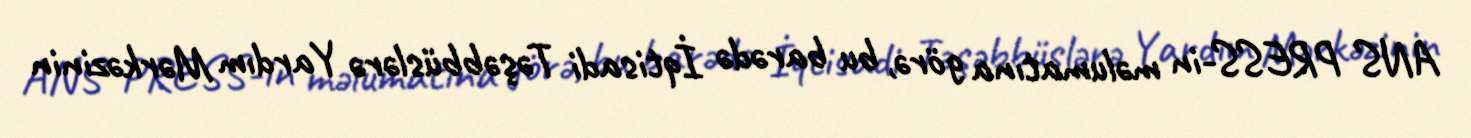
ANS PRESS-in məlumatına görə, bu barədə İqtisadi Təşəbbüslərə Yardım Mərkəzinin